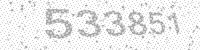
Solution: 533851